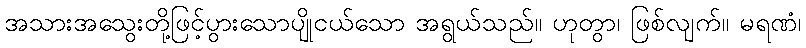
အသားအသွေးတို့ဖြင့်ပွားသောပျိုငယ်သော အရွယ်သည်။ ဟုတွာ၊ ဖြစ်လျက်။ မရဏံ၊